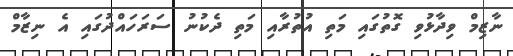
ނާޒިމް ވިދާޅުވި ގޮތުގައި މަތި އުތުރާއި މަތި ދެކުނު ސަރަހައްދުގައި އެ ނިޒާމް